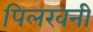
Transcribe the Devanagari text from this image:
पिलखनी